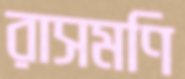
রাসমণি